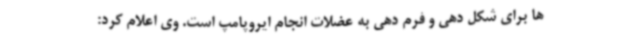
ها برای شکل دهی و فرم دهی به عضلات انجام ایروپامپ است. وی اعلام کرد: